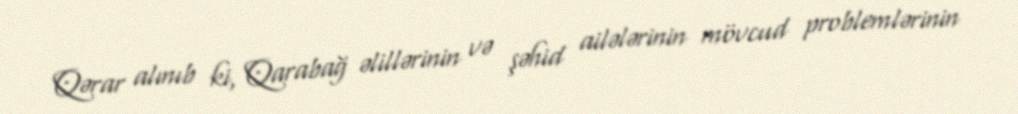
Qərar alınıb ki, Qarabağ əlillərinin və şəhid ailələrinin mövcud problemlərinin